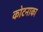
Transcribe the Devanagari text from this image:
कोटनाका